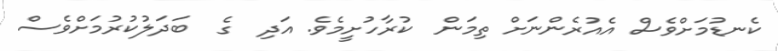
ކެނޑުމަށްވެސް އެއުރެންނަށް ތިމަން  ކުރާހުށީމެވެ. އަދި  ގެ  ބަދަލުކުރުމަށްވެސް